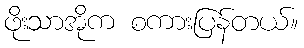
ဖိုးသာအိုက စကားပြန်တယ်။